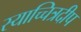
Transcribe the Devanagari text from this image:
स्याच्चित्रदीप